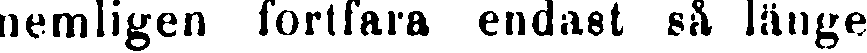
nemligen fortfara endast så länge